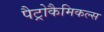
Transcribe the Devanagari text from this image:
पैट्रोकैमिकल्स